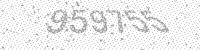
Solution: 959755